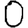
Digit: 0